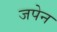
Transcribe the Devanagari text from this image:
जपेन